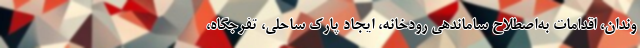
وندان، اقدامات به‌اصطلاح ساماندهی رودخانه، ایجاد پارک ساحلی، تفرجگاه،